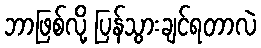
ဘာဖြစ်လို့ ပြန်သွားချင်ရတာလဲ